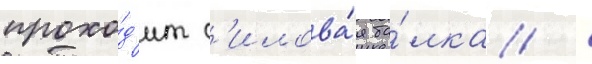
прохо́д'ит с'илова́я ба́лка /